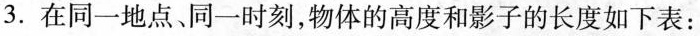
3.在同一地点、同一时刻，物体的高度和影子的长度如下表：